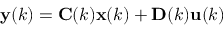
\mathbf { y } ( k ) = \mathbf { C } ( k ) \mathbf { x } ( k ) + \mathbf { D } ( k ) \mathbf { u } ( k )